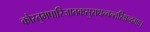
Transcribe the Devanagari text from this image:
कौस्तुभपारिजातकसुराधन्वन्तरिश्चन्द्रमाः।